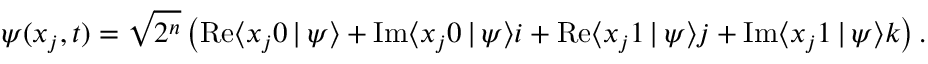
\boldsymbol { \psi } ( x _ { j } , t ) = \sqrt { 2 ^ { n } } \left( \mathrm { R e } { \langle x _ { j } 0 \, | \, \psi \rangle } + \mathrm { I m } { \langle x _ { j } 0 \, | \, \psi \rangle } \boldsymbol { i } + \mathrm { R e } { \langle x _ { j } 1 \, | \, \psi \rangle } \boldsymbol { j } + \mathrm { I m } { \langle x _ { j } 1 \, | \, \psi \rangle } \boldsymbol { k } \right) .